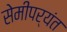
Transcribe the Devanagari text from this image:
सेमीपर्यंत